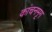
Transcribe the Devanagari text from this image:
कांचनमृग